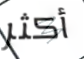
أكثر